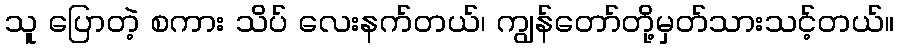
သူ ပြောတဲ့ စကား သိပ် လေးနက်တယ်၊ ကျွန်တော်တို့မှတ်သားသင့်တယ်။